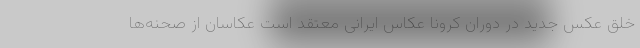
خلق عکس جدید در دوران کرونا عکاس ایرانی معتقد است عکاسان از صحنه‌ها